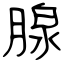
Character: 腺